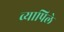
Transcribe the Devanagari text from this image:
व्यापिले